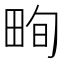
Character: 𤱬